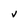
Character: V